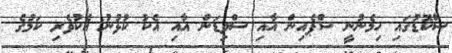
ސްކޮޑުގައި ހިމެނުނީ ސްޕެއިން އާއި ސްވިޑަން އާއި އެކު ކުޅުނު އެކުވެރި ކަމުގެ